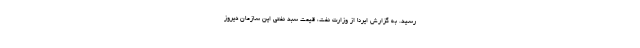
رسید. به گزارش ایرنا از وزارت نفت، قیمت سبد نفتی این سازمان دیروز